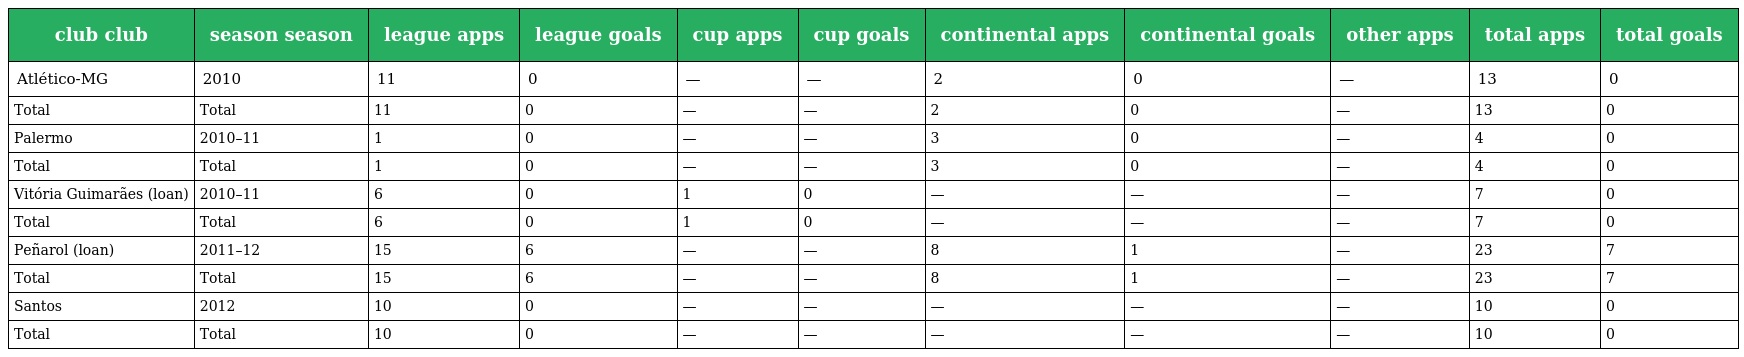
| club club | season season | league apps | league goals | cup apps | cup goals | continental apps | continental goals | other apps | total apps | total goals |
 | --- | --- | --- | --- | --- | --- | --- | --- | --- | --- | --- |
 | Atlético-MG | 2010 | 11 | 0 | — | — | 2 | 0 | — | 13 | 0 |
 | Total | Total | 11 | 0 | — | — | 2 | 0 | — | 13 | 0 |
 | Palermo | 2010–11 | 1 | 0 | — | — | 3 | 0 | — | 4 | 0 |
 | Total | Total | 1 | 0 | — | — | 3 | 0 | — | 4 | 0 |
 | Vitória Guimarães (loan) | 2010–11 | 6 | 0 | 1 | 0 | — | — | — | 7 | 0 |
 | Total | Total | 6 | 0 | 1 | 0 | — | — | — | 7 | 0 |
 | Peñarol (loan) | 2011–12 | 15 | 6 | — | — | 8 | 1 | — | 23 | 7 |
 | Total | Total | 15 | 6 | — | — | 8 | 1 | — | 23 | 7 |
 | Santos | 2012 | 10 | 0 | — | — | — | — | — | 10 | 0 |
 | Total | Total | 10 | 0 | — | — | — | — | — | 10 | 0 |